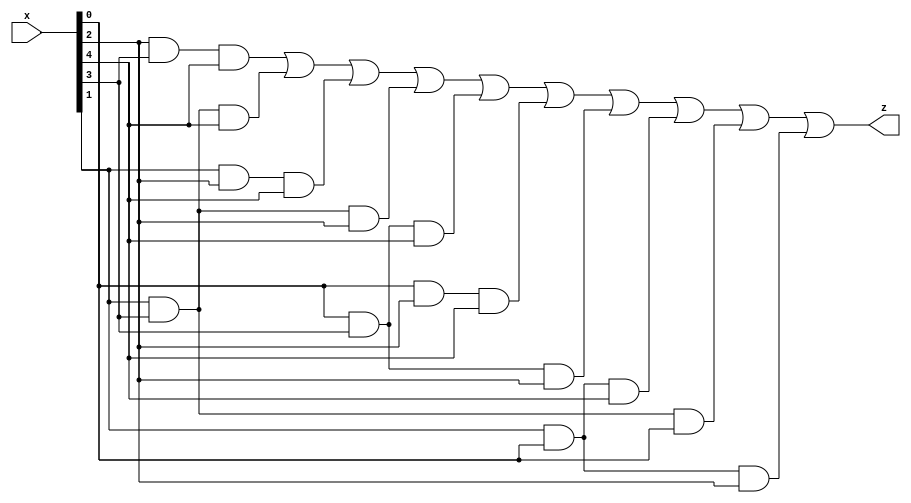
module majority_ckt(input [5:1] x, output z);
wire [9:0] w;

// instantiate with And Gates
and and1(w[0],x[3],x[4],x[5]);
and and2(w[1],x[2],x[4],x[5]);
and and3(w[2],x[2],x[3],x[5]);
and and4(w[3],x[2],x[4],x[3]);
and and5(w[4],x[1],x[4],x[5]);
and and6(w[5],x[1],x[3],x[5]);
and and7(w[6],x[1],x[4],x[3]);
and and8(w[7],x[2],x[1],x[5]);
and and9(w[8],x[2],x[4],x[1]);
and and10(w[9],x[2],x[1],x[3]);

or or1(z,w[0],w[1],w[2],w[3],w[4],w[5],w[6],w[7],w[8],w[9]);

endmodule